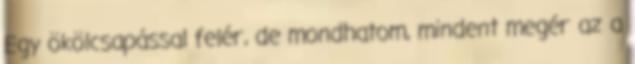
Egy ökölcsapással felér, de mondhatom, mindent megér az a